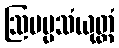
ဩပမ္မသံယုတ္တံ